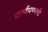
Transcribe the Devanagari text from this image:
मर्त्यपणाचे